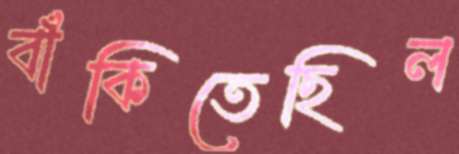
বাঁকিতেছিল